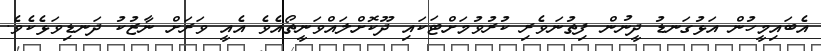
އެބައިމީހުން އަޅުގަނޑު ދީނުން ފިތުނަވެރި ކުރުވުމަށްޓަކައި ދޫކޮށްލައްވަނީތޯއެވެ އެއީ ވަރަށް ނާޒުކު ދަނޑިވަޅެކެވެ.